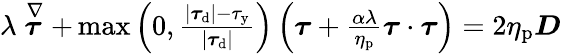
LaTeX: \begin{array}{r}{\lambda\stackrel{\nabla}{\boldsymbol{\tau}}+\operatorname*{max}\left(0,\frac{|\boldsymbol{\tau}_{\mathrm{d}}|-\tau_{\mathrm{y}}}{|\boldsymbol{\tau}_{\mathrm{d}}|}\right)\left(\boldsymbol{\tau}+\frac{\alpha\lambda}{\eta_{\mathrm{p}}}\boldsymbol{\tau}\cdot\boldsymbol{\tau}\right)=2\eta_{\mathrm{p}}\boldsymbol{D}}\end{array}